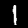
Digit: 1